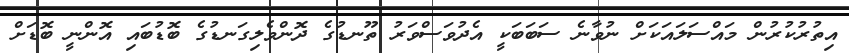
އިތުރުކުރުން މައްސަލައަކަށް ނުވާނެ ސަބަބަކީ އެދުވަސްވަރު ތޫނޑުގެ ދޮންވެލިގަނޑުގެ ބޮޑުބައި އޮންނީ ބޮޑަށް